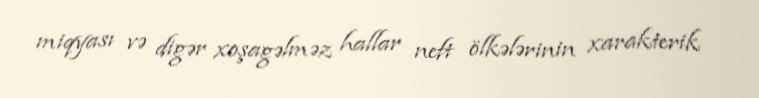
miqyası və digər xoşagəlməz hallar neft ölkələrinin xarakterik